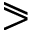
\eqslantgtr